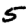
Digit: 5